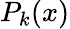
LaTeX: P_{k}(x)